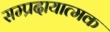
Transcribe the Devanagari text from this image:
सम्प्रदायात्मक